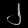
Digit: ၂